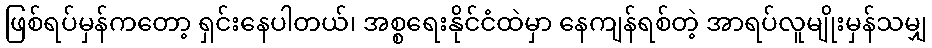
ဖြစ်ရပ်မှန်ကတော့ ရှင်းနေပါတယ်၊ အစ္စရေးနိုင်ငံထဲမှာ နေကျန်ရစ်တဲ့ အာရပ်လူမျိုးမှန်သမျှ